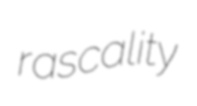
rascality